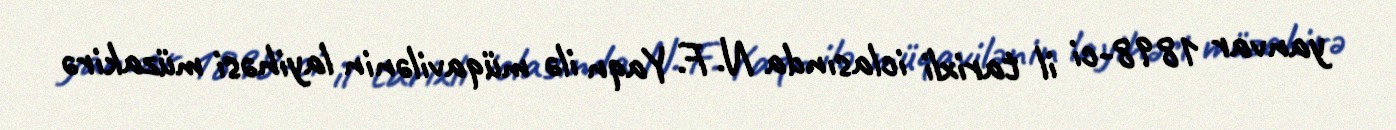
yanvar 1898-ci il tarixli iclasında N. F. Yaqn ilə müqavilənin layihəsi müzakirə